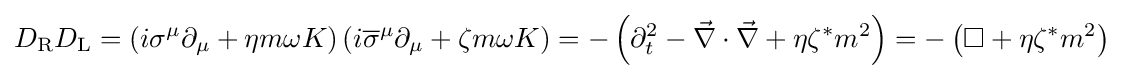
D_{\rm {R}}D_{\rm {L}}=\left(i\sigma ^{\mu }\partial _{\mu }+\eta m\omega K\right)\left(i{\overline {\sigma }}^{\mu }\partial _{\mu }+\zeta m\omega K\right)=-\left(\partial _{t}^{2}-{\vec {\nabla }}\cdot {\vec {\nabla }}+\eta \zeta ^{*}m^{2}\right)=-\left(\square +\eta \zeta ^{*}m^{2}\right)